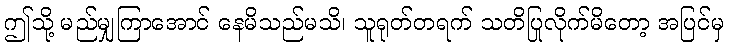
ဤသို့ မည်မျှကြာအောင် နေမိသည်မသိ၊ သူရုတ်တရက် သတိပြုလိုက်မိတော့ အပြင်မှ